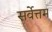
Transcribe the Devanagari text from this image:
सर्वेत्तम